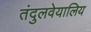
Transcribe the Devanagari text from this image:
तंदुलवेयालिय